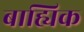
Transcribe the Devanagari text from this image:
बाह्यिक